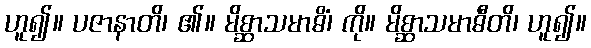
ဟူ၍။ ပဇာနာတိ၊ ၏။ မိစ္ဆာသမာဓိံ၊ ကို။ မိစ္ဆာသမာဓီတိ၊ ဟူ၍။